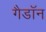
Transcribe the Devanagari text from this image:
गैडाॅन